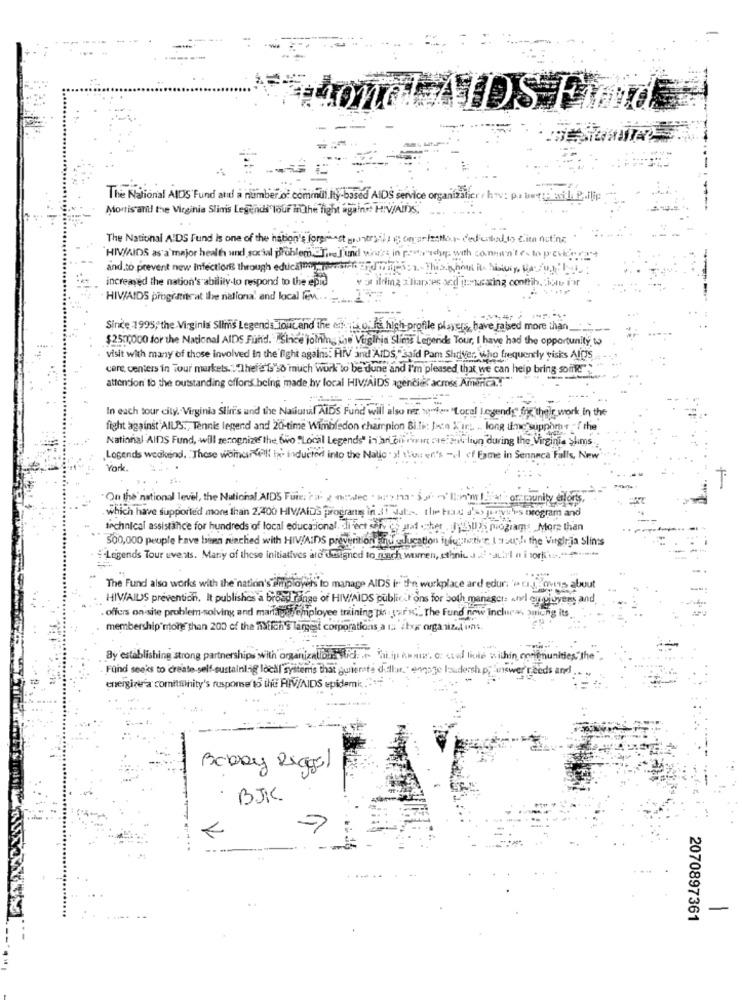
IDS Find
The National AIDS Fund and a number of commul.Ity-based AIDS service organizalier / hov: pur wwwrtp esitli
Mortis antl the Virginia Slims Legends lour in the fight against HIV/AIDS,
The National AIDS Fund is one of the nation's forsmest country il, og onperfection- dedicatedto cin netinc
HIV/AIDS as a major health and social problem Tre Jund wer: in power"tchips with connu'n'testo pevky
and.to prevent new infectlori through educatmy, perik ardi
increased the nation's ability to respond to the epic
or ilding 3 fiantes and trusaring contrib. jotte i'm
HIV/AIDS programie at the national and local few
Since 1995; the Virginis Slims Legends Tout and The eniso, ha high- profile players, have raised more than
$250,000 for the National AIDS Fund. . SInice joining the' Virginia Slims Legeride Tour, I have had the opportunity to
visit with many of those involved In the fight agains. HIV and AIDS,"said Pam Shriver, who frequently visits AlDS
cere, centers in Tour markets .: "There Is so much work to be dune and I'm pleased that we can heip bring soit!"
attention to the outstanding offors being made by local HIV/AIDS agencies acmes America .!
In each tour city. Virginia Slin's and the Nasunil AIDS Fund will also ner. w.f." "Local Legendy" fry their work in the
fight against"AILS ., Tennis legend and 20-time Wimbledon champion Bili: Jste \'ir .. .. long tine wipphms of the
National AIDS Fund, will serognize the, wo "Local Legends" in an on ririn risimit liun during the Virginia >hms.
Legends weekend. These womenwill be inducted into the Natic > slower's - of Fame in Seneca Falls, New
York.
On the' national level, the National AIDS Fuis; ci x oalec . w . I'm
rounity l
program and
which have supported more than 2.400 HIV/AIDS programs in .Usata. the havu d'>>
technical assistance for hundreds of local educational. client service add che
That's miogiams More than
500,000 peuple lave bien niached with HIV/AIDS prevention tu u education indenti'r I south the Virgir ja Slin's
-Legends Tour events. Matiy of these initiatives ard designed to mach women, ethnic J 2 .allel n i sork'
The Fund also works with the nation's Employers to manage AIDS in the workplace and edur's a powys about
HIV/AIDS prevention. It publishes a broad range of HIV/AIDS public Fons for both manager: «tvl enjoyees and,
offers on-site problem-solving and mariage@ employee training ps : sark,'. The Fund now inclues, sining its
membership more than 200 of the Tilch's largest corporations a na ixs organizel ins.
By establishing strong partnerships with
within confinunities the"
Fond seeks to create-self-sustainlig ldell'
ms that gunerste dullur
eds and
energize'a comitminity's response 15 the PINV/AIDS epidemic
Bobby Reggel
BJK
-
2070897361